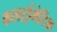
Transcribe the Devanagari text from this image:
कलाईमेटिक